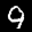
Label: 9